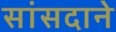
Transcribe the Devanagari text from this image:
सांसदाने